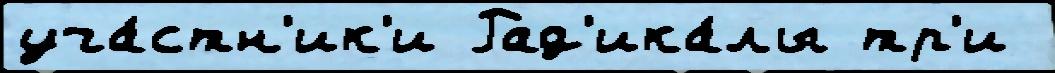
уча́стн'ик'и Рад'ика́лы тр'и